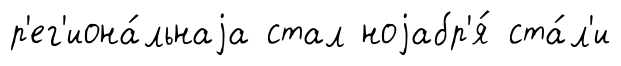
р'ег'иона́льнаjа стал ноjабр'я́ ста́л'и